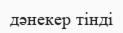
дәнекер тінді